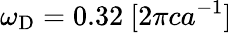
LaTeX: \omega_{\mathrm{D}}=0.32~[2\pi ca^{-1}]